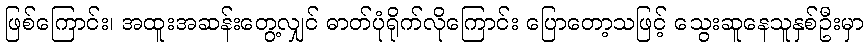
ဖြစ်ကြောင်း၊ အထူးအဆန်းတွေ့လျှင် ဓာတ်ပုံရိုက်လိုကြောင်း ပြောတော့သဖြင့် သွေးဆူနေသူနှစ်ဦးမှာ